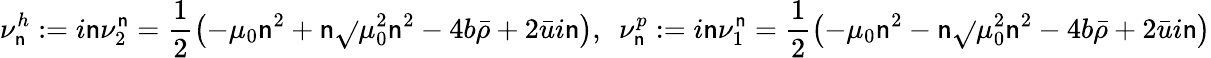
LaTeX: \nu_{\mathsf{n}}^{h}:=i\mathsf{n}\nu_{2}^{\mathsf{n}}=\frac{{1}}{{2}}\left(-\mu_{0}\mathsf{n}^{2}+\mathsf{n}\sqrt{}{{\mu_{0}^{2}\mathsf{n}^{2}-4b\bar{{\rho}}}}+2\bar{{u}}i\mathsf{n}\right),\ \ \nu_{\mathsf{n}}^{p}:=i\mathsf{n}\nu_{1}^{\mathsf{n}}=\frac{{1}}{{2}}\left(-\mu_{0}\mathsf{n}^{2}-\mathsf{n}\sqrt{}{{\mu_{0}^{2}\mathsf{n}^{2}-4b\bar{{\rho}}}}+2\bar{{u}}i\mathsf{n}\right)